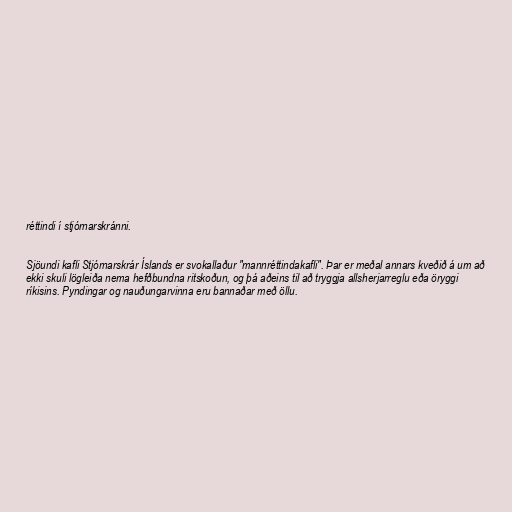
réttindi í stjórnarskránni.

Sjöundi kafli Stjórnarskrár Íslands er svokallaður "mannréttindakafli". Þar er meðal annars kveðið á um að
ekki skuli lögleiða nema hefðbundna ritskoðun, og þá aðeins til að tryggja allsherjarreglu eða öryggi
ríkisins. Pyndingar og nauðungarvinna eru bannaðar með öllu.